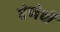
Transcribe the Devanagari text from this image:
घेणेची